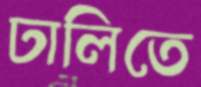
ঢালিতে